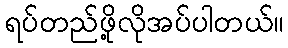
ရပ်တည်ဖို့လိုအပ်ပါတယ်။